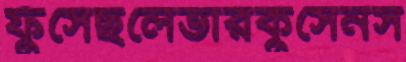
ফুঁসেছলেভারকুসেনস